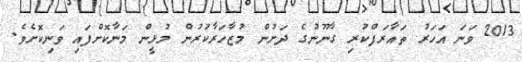
2013 ވަނަ އަހަރު ތައާރަފްކުރި ގާނޫނުގެ ދަށުން މުޒާހަރާކުރުން މުޅީން މަނާކޮށްފައި ވަނިކޮށެވެ.